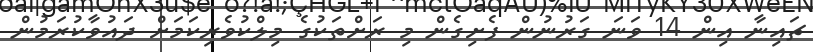
ޗައިނާ އިން 14 ވަނަ ގަރުނުން ފެށިގެން މި ރަށްތަކުގެ މިލްކުވެރިކަމަށް ދައުވާކުރަމުން